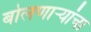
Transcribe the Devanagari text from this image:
बोलणार्‍यांचा